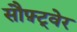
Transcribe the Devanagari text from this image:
सौफ़्ट्वेर